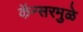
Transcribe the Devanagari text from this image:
कॅन्सरमुळे